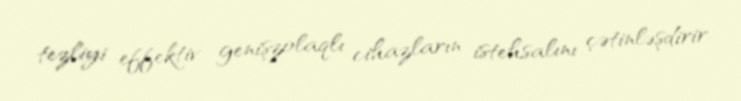
tezliyi effektiv genişzolaqlı cihazların istehsalını çətinləşdirir.